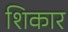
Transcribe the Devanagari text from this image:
शिकार